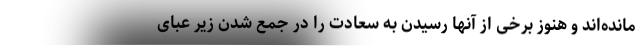
مانده‌‌اند و هنوز برخی از آنها رسیدن به سعادت را در جمع شدن زیر عبای